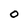
Character: 0